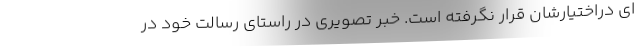
ای دراختیارشان قرار نگرفته است. خبر تصویری در راستای رسالت خود در